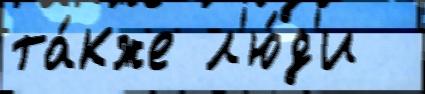
та́кже л'ю́д'и